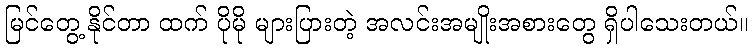
မြင်တွေ့ နိုင်တာ ထက် ပိုမို များပြားတဲ့ အလင်းအမျိုးအစားတွေ ရှိပါသေးတယ်။